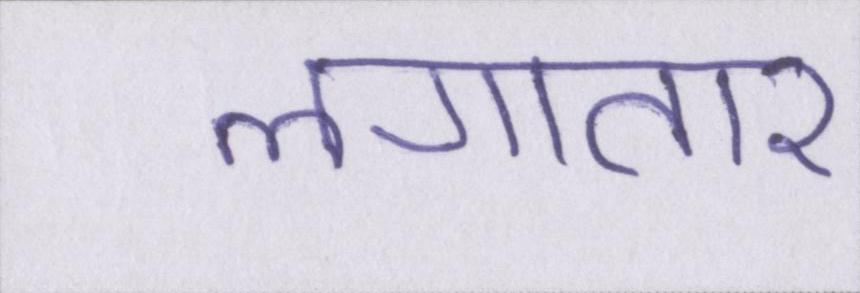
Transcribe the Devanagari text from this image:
लगातार